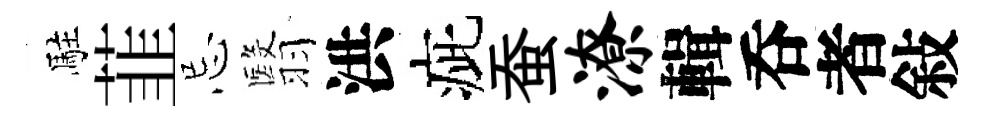
駐韮忌翳洪疵蚕潦輯呑者敍